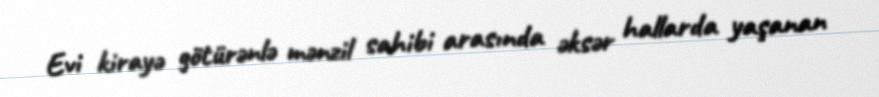
Evi kirayə götürənlə mənzil sahibi arasında əksər hallarda yaşanan